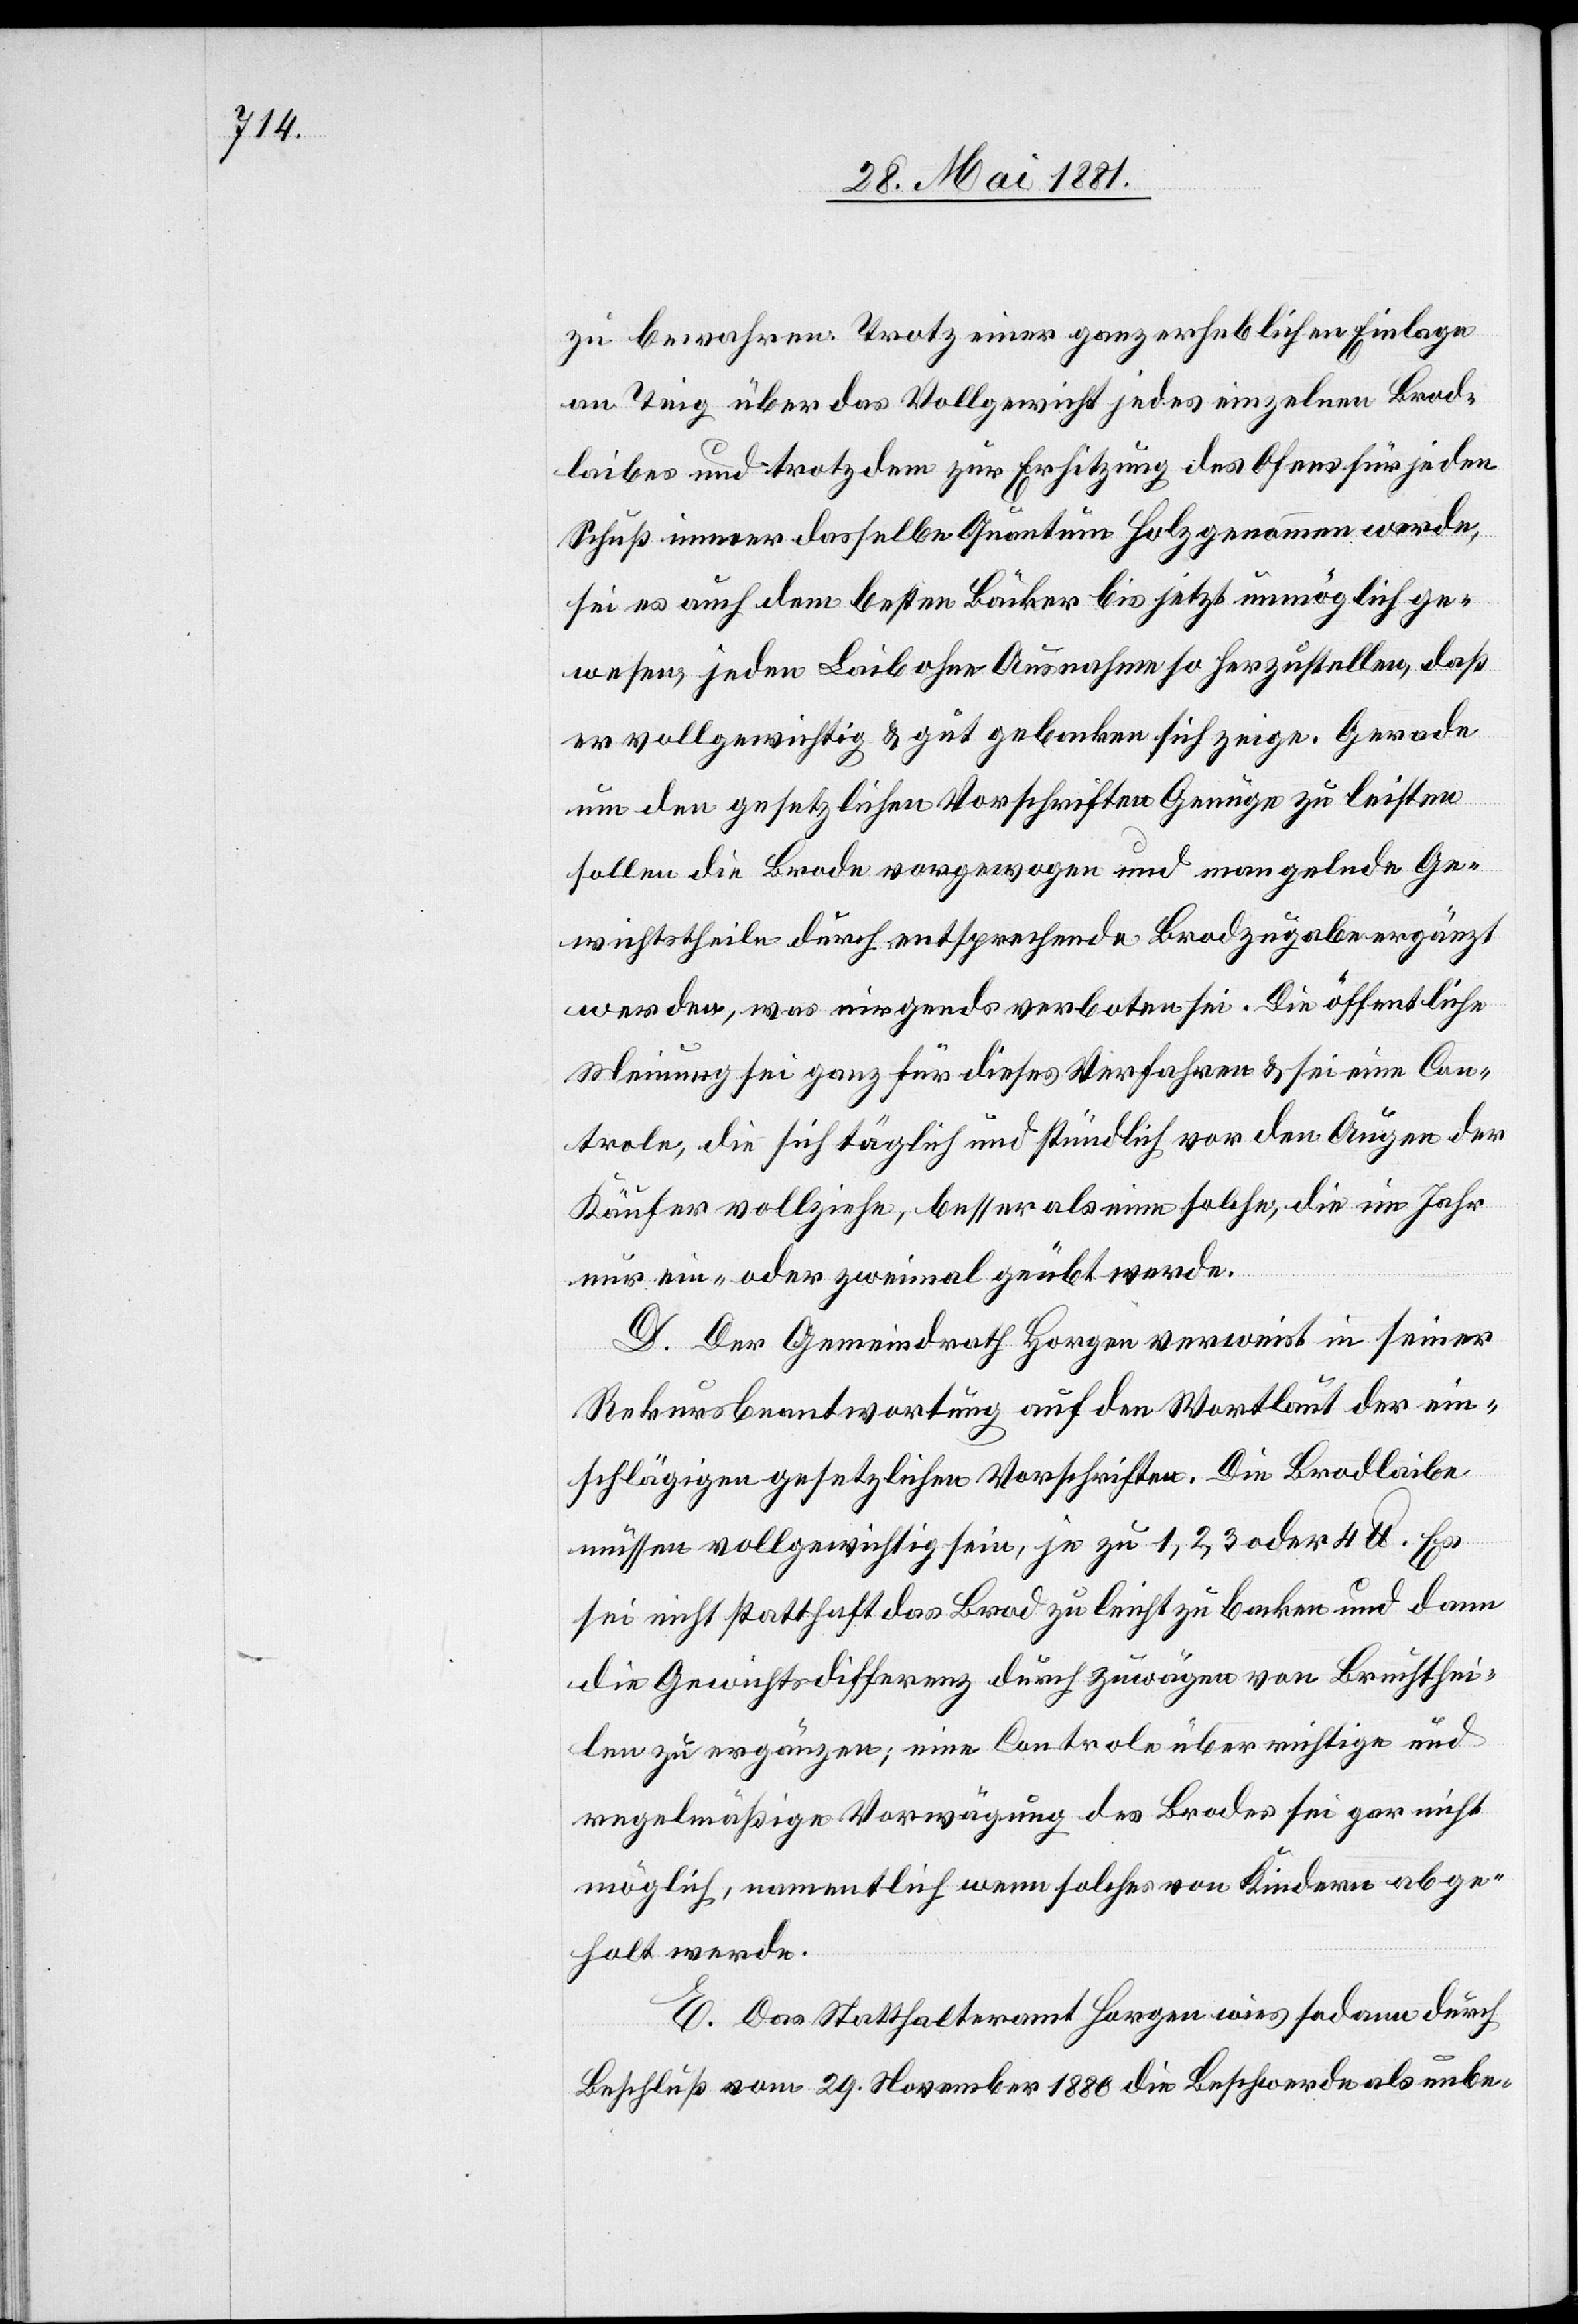
zu bewahren. Trotz einer ganz erheblichen Einlage
an Teig über das Vollgewicht jedes einzelnen Brod¬
leibes und trotzdem zur Erhitzung des Ofens für jeden
Schuß immer dasselbe Quantum Holz genommen werde,
sei es auch dem besten Bäcker bis jetzt unmöglich ge¬
wesen, jeden Laib ohne Ausnahme so herzustellen, daß
er vollgewichtig & gut gebacken sich zeige. Gerade
um den gesetzlichen Vorschriften Genüge zu leisten
sollen die Brode vorgewogen und mangelnde Ge¬
wichtstheile durch entsprechende Brodzugaben ergänzt
werden, was nirgends verboten sei. Die öffentliche
Meinung sei ganz für dieses Verfahren & sei eine Con¬
trole, die sich täglich und stündlich vor den Augen der
Käufer vollziehe, besser als eine solche, die im Jahr
nur ein- oder zweimal geübt werde.
D. Der Gemeindrath Horgen verweist in seiner
Rekursbeantwortung auf den Wortlaut der ein¬
schlägigen gesetzlichen Vorschriften. Die Brodlaibe
müssen vollgewichtig sein, je zu 1, 2, 3 oder 4 lb. Es
sei nicht statthaft das Brod zu leicht zu backen und dann
die Gewichtsdifferenz durch zuwägen von Bruchthei¬
len zu ergänzen; eine Controle über richtige und
regelmäßige Vorwägung des Brodes sei gar nicht
möglich, namentlich wenn solches von Kindern abge¬
holt werde.
E. Das Statthalteramt Horgen wies sodann durch
Beschluß vom 29. November 1880 die Beschwerde als unbe-